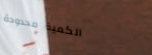
الكمية محدودة